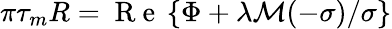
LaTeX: \pi\tau_{m}R=\mathrm{~R~e~}\left\{ \Phi+\lambda\mathcal M(-\sigma)/\sigma\right\}